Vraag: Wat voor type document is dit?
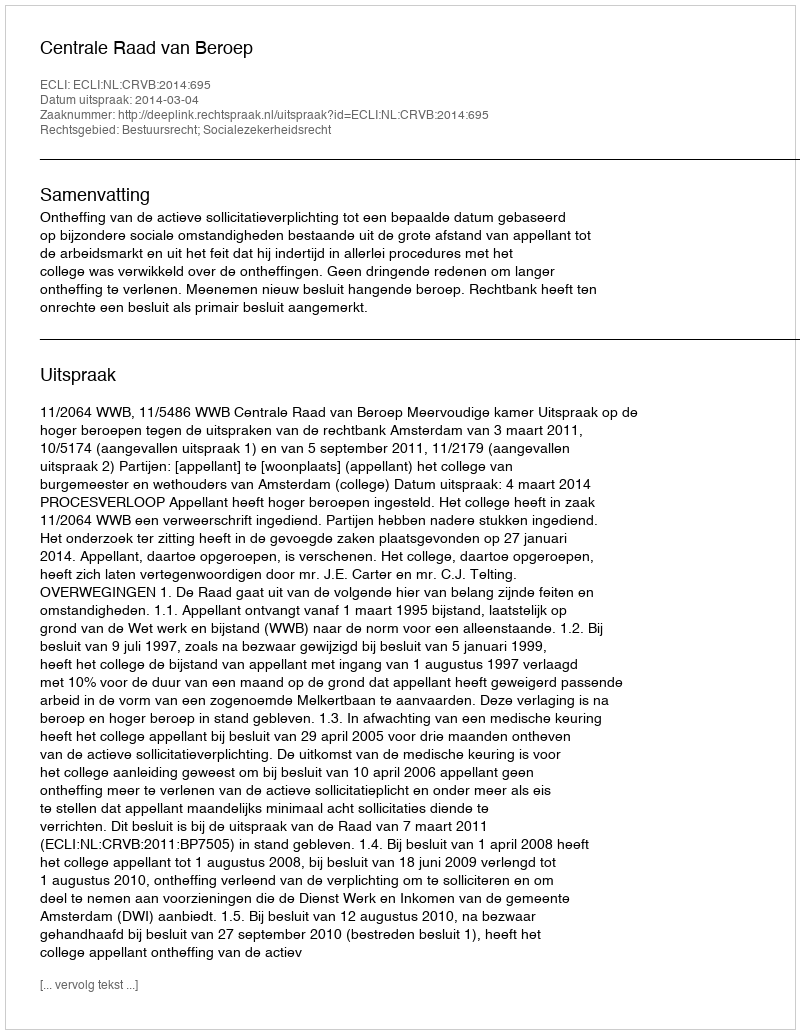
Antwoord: Uitspraak